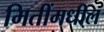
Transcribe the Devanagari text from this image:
मितींमधील